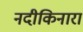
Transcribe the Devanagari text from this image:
नदीकिनारा